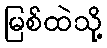
မြစ်ထဲသို့